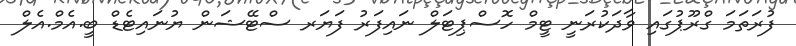
ފުރަތަމަ ގްރޫޕުގައި ވާދަކުރަނީ ޓީމް ހޮސްޕިޓަލް ނައިފަރު ފަޔަރ ސްޓޭޝަން ޔުނައިޓެޑް ބީ.އެމް.އެލް